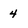
Character: 4